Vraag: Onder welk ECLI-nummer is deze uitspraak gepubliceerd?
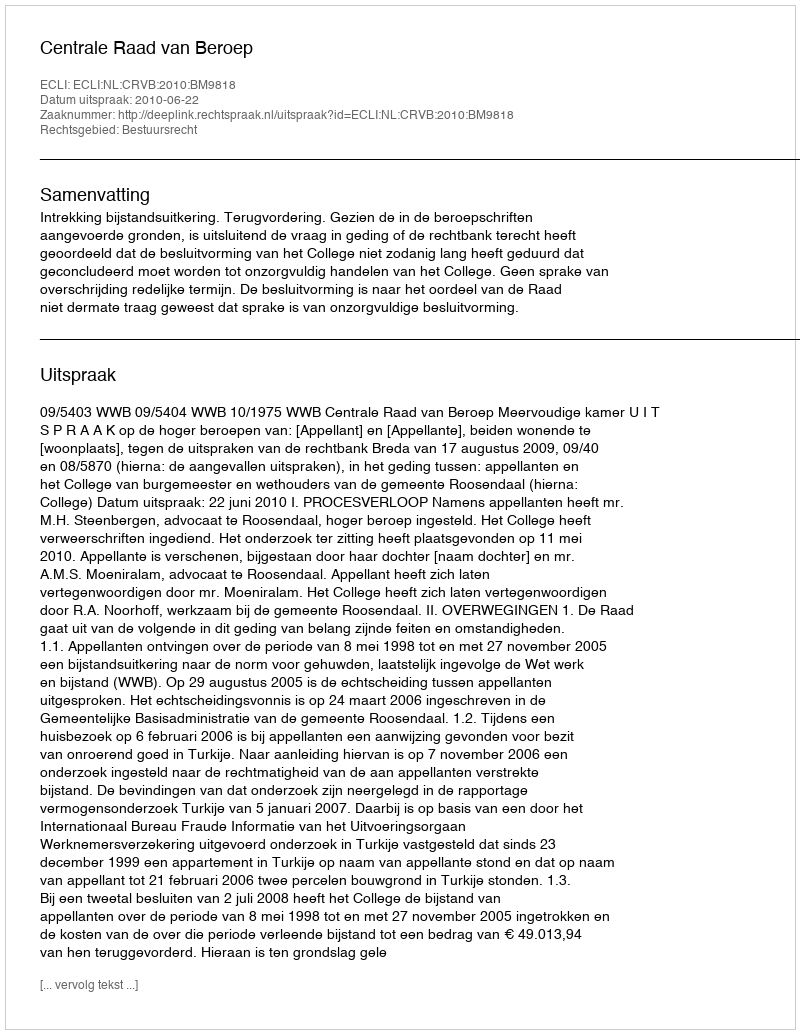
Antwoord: ECLI:NL:CRVB:2010:BM9818